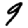
Digit: 9